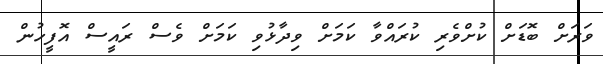
ވަރަށް ބޮޑަށް ކުށްވެރި ކުރައްވާ ކަމަށް ވިދާޅުވި ކަމަށް ވެސް ރައީސް އޮފީހުން